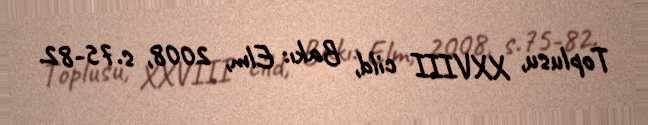
Toplusu, XXVIII cild, Bakı: Elm, 2008, s.75-82.